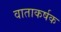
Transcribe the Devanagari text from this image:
वाताकर्षक